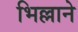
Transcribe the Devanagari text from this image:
भिल्लाने